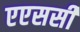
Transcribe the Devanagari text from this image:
एएससी